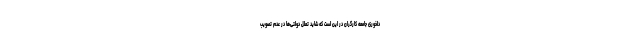
دلخوری جامعه کارگران در این است که شاید تعلل دولتی‌ها در عدم تصویب